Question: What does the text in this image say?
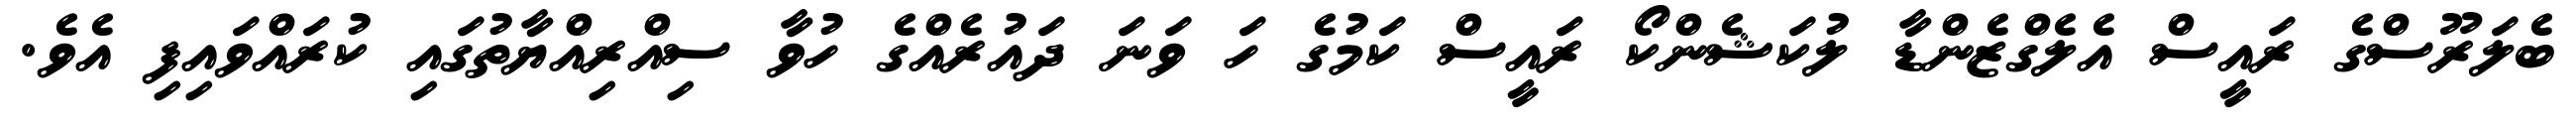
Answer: ބެލަރޫސްގެ ރައީސް އެލެގްޒެންޑާ ލުކަޝެންކޯ ރައީސް ކަމުގެ ހަ ވަނަ ދައުރެއްގެ ހުވާ ސިއްރިއްޔާތުގައި ކުރައްވައިފި އެވެ.